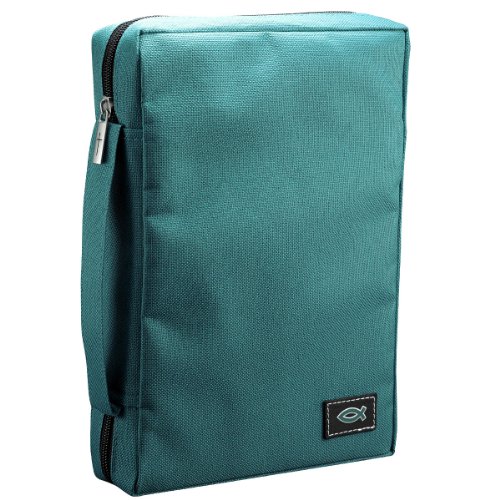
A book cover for Poly-Canvas Bible / Book Cover w/Fish Applique (Large / Teal); Christian Art Gifts; Christian Books & Bibles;